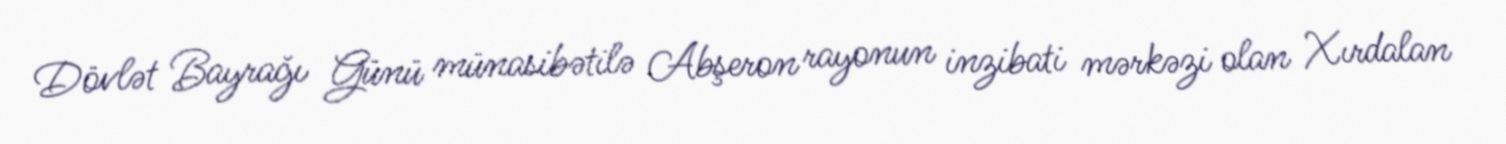
Dövlət Bayrağı Günü münasibətilə Abşeron rayonun inzibati mərkəzi olan Xırdalan